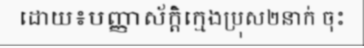
ដោយ៖បញ្ញាស័ក្តិក្មេងប្រុស២នាក់ ចុះ